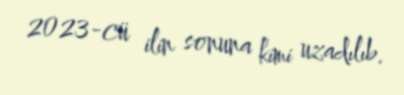
2023-cü ilin sonuna kimi uzadılıb.